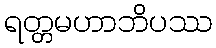
ရတ္တမဟာဘိပဿ